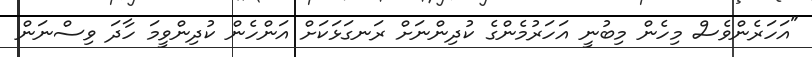
"އަހަރެންވެސް މިހެން މިބުނީ އަހަރުމެންގެ ކުދިންނަށް ރަނގަޅަކަށް އަންހެން ކުދިންވީމަ ހާދަ ވިސްނަން